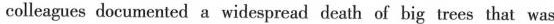
colleagues documented a widespread death of big trees that was